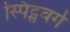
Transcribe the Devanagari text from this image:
स्पिट्सवर्ग